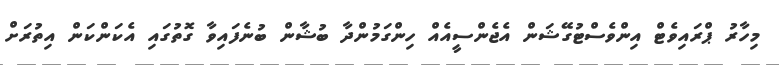
މިހާރު ޕްރައިވެޓް އިންވެސްޓުގޭޝަން އެޖެންސީއެއް ހިންގަމުންދާ ބުޝާން ބުނެފައިވާ ގޮތުގައި އެކަންކަން އިތުރަށް